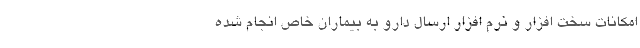
امکانات سخت افزار و نرم افزار ارسال دارو به بیماران خاص انجام شده